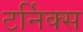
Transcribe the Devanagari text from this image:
टर्निक्स